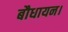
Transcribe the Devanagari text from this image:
बौधायन।